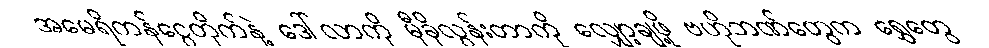
အမေရိကန်ငွေတိုက်နဲ့ ဒေါ်လာကို မှီခိုလွန်းတာကို လျှော့ချဖို့ ဗဟိုဘဏ်တွေက ရွှေတွေ